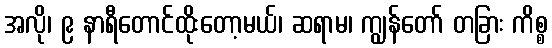
အလို၊ ၉ နာရီတောင်ထိုးတော့မယ်၊ ဆရာမ၊ ကျွန်တော် တခြား ကိစ္စ